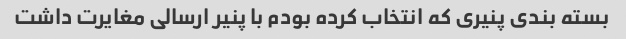
بسته بندی پنیری که انتخاب کرده بودم با پنیر ارسالی مغایرت داشت